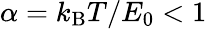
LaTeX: \alpha=k_{\mathrm{B}}T/E_{0}<1